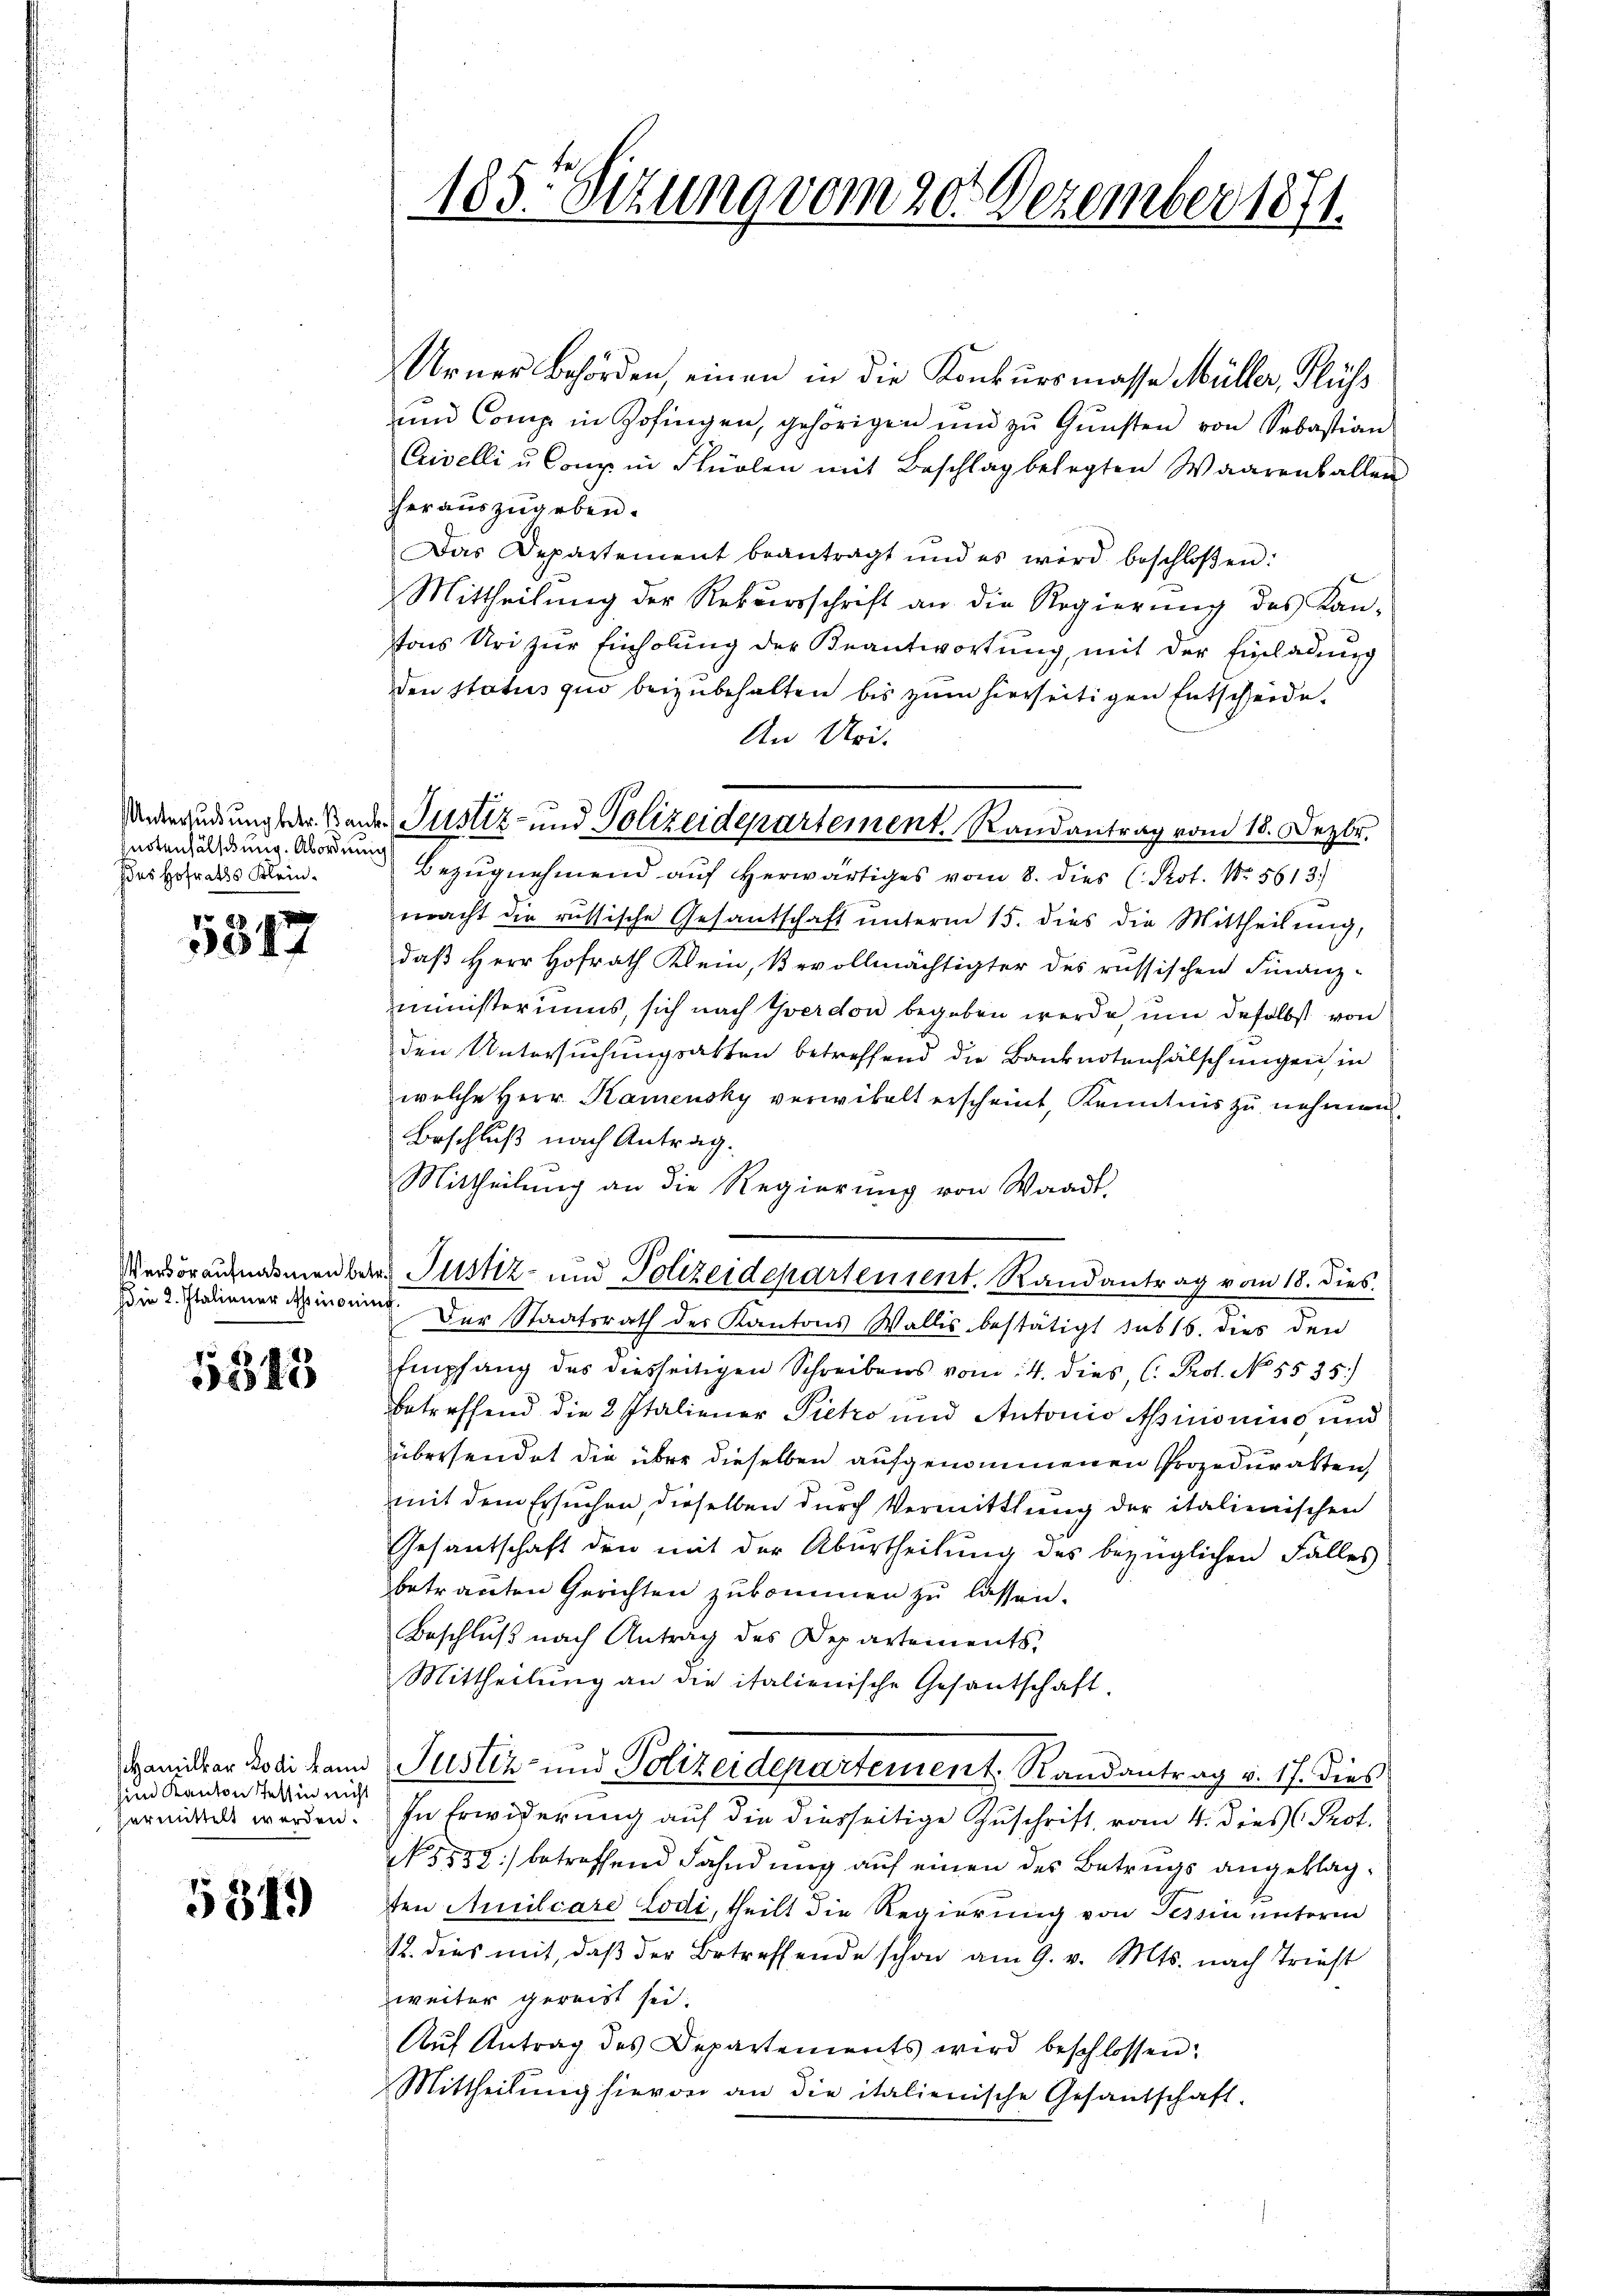
snotenfälschung. Abordnung
Ides Hofraths Klein.

5317

die 2. Italiener Assimonie

5845

Hamilbar Rodi kann
sind Kanton Stellin nicht
Permittelt werden.

5349)

185. Sizung vom 20. Dezember 1871.

Urner Behörden, einen in die Konkursmasse Müller, Flüss
und Comp in Zofingen, gehörigen und zu Gunsten von Sebastian
Crivelli u. Conz in Flüelen mit Beschlag belegten Waarenballen
herauszugeben.
Das Departement beantragt und es wird beschloßen:
Mittheilung der Rekursschrift an die Regierŭng des Kan-
tons Uri zur Einholung der Beantwortung, mit der Einladung
den Status quo beizubehalten bis zum hierseitigen Entscheide.
An Uri.
Bezugnehmend auf herwärtiges vom 8. dies (Prot. No 5613.)
macht die russische Gesantschaft unterm 15. dies die Mittheilŭng,
daβ Herr Hofrath Klein, Bevollmächtigter des russischen Finanz-
ministeriums, sich nach Yverdon begeben werde, um daselbst von
den Untersuchungsakten betreffend die Banknotenfälschungen in
welche Herr Kamensky verwikalt erscheint, Kenntnis zu nehmen,
Beschluß nach Antrag.
Mittheilung an die Regierung von Waadt.
Verdoraufnamenbar Justiz- und Polizeidepartement. Randantrag vom 18. dies
Der Staatsrath der Kantons Wallis bestätigt sub 15. dies den
Empfang des diesseitigen Schreibens vom 14. dies, (. Prot. No. 5535)
betreffend die 2 Italiener Pietro und Antonio Aicionius, und
übersendet die über dieselben aufgenommenen Prozeduratten,
mit dem Ersuchen, dieselben durch Vermittlung der italienischen
Gesantschaft den mit der Abertheilung des bezüglichen Falles
betrauten Gerichten zukommen zu lassen.
Beschluß nach Antrag des Departements
Mittheilŭng an die italienische Gesantschaft.
Justiz- und Polizeidepartement Randantrag v. 17. dies
In Erwiderung auf die diesseitige Zuschrift vom 4. dies Prot.
N 5552) betreffend Fahndung auf einen des Betrugs angeklagten Auiliare Lodi, theilt die Regierung von Tessin unterm
12. dies mit, daβ der Betreffende schon am 9. v. Mts. nach Triest
weiter gereist sei.
Aŭf Antrag des Departements wird beschlossen:
Mittheilŭng hievon an die italienische Gesandschaft.

Unterredung der Bunde Justiz- und Polizeidepartement. Randantrag vom 18. Dezbr.